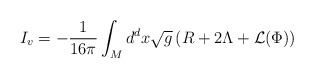
\begin{align*}I_v = -\frac{1}{16\pi}\int_M d^dx\sqrt{g}\left(R+2\Lambda+{\cal L}(\Phi)\right)\end{align*}